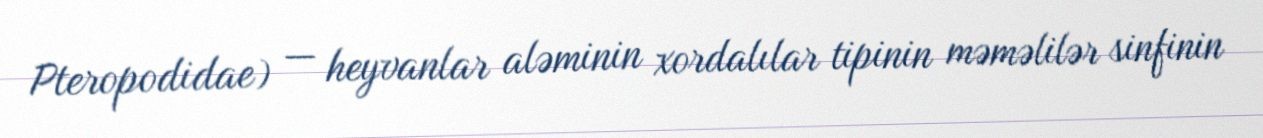
Pteropodidae) — heyvanlar aləminin xordalılar tipinin məməlilər sinfinin